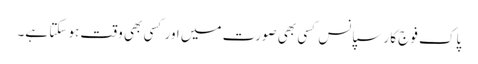
پاک فوج کا رسپانس کسی بھی صورت میں اور کسی بھی وقت ہو سکتا ہے۔